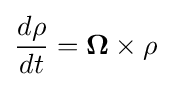
{\frac {d\mathbf {\rho } }{dt}}=\mathbf {\Omega } \times \mathbf {\rho }